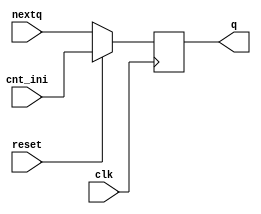
`timescale 1ns / 1ps

module flopr #(
  parameter NBITS = 16 
)(
   input clk,
	input reset,
	input [NBITS-1:0] cnt_ini, 
	input [NBITS-1:0] nextq,
	output[NBITS-1:0] q
	
); 


reg [NBITS-1:0] iq ; 

always @(posedge clk) begin 
	if (reset) 
		iq <= cnt_ini ;  
	else 
 		iq <= nextq; 
end 

assign q = iq  ; 

endmodule